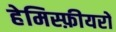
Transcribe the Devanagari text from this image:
हेमिस्फ़ीयरों